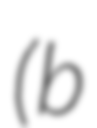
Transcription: (b